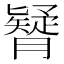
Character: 𦢇